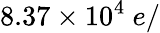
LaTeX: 8.37\times 10^{4}~e/